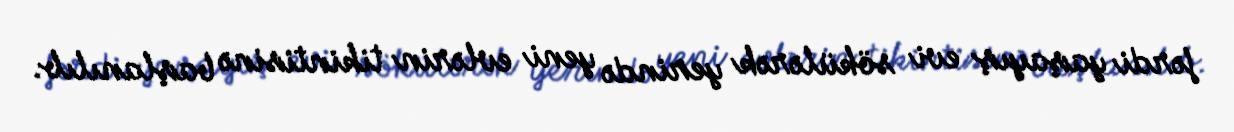
fərdi yaşayış evi sökülərək yerində yeni evlərin tikintisinə başlanılıb.